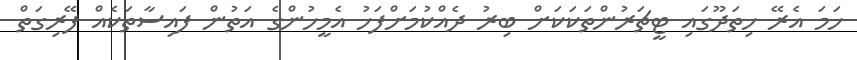
ހަމަ އެރޭ ހިތަދޫގައި ޓީޗަރުންތަކަކަށް ބިރު ދެއްކުމަށްފަހު އެމީހުންގެ އަތުން ފައިސާތަކެއް ފޭރިގަތް